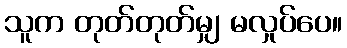
သူက တုတ်တုတ်မျှ မလှုပ်ပေ။